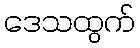
ဒေသထွက်